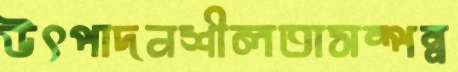
উৎপাদনশীলতাসম্পন্ন